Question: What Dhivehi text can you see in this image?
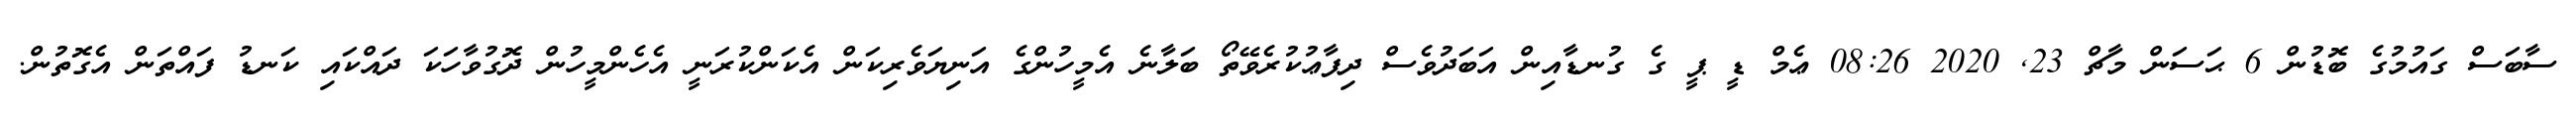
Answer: ސާބަސް ގައުމުގެ ބޮޑުން 6 ޙަސަން މާޗް 23, 2020 08:26 ޢެމް ޑީ ޕީ ގެ ގުނޑާއިން އަބަދުވެސް ދިފާޢުކުރެވޭތޯ ބަލާނެ އެމީހުންގެ އަނިޔަވެރިކަން އެކަންކުރަނީ އެހެންމީހުން ދޮގުވާހަކަ ދައްކައި ކަނޑު ފައްތަން އެގޮތުން.